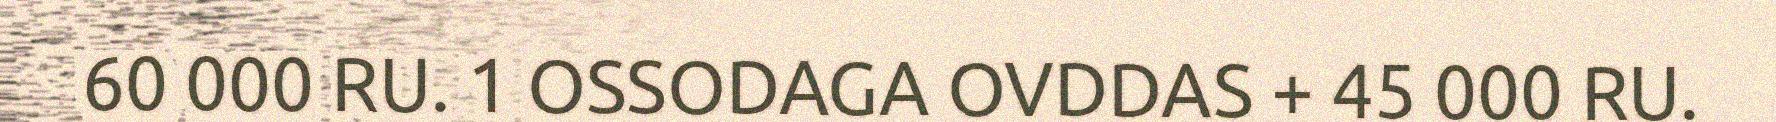
60 000 RU. 1 OSSODAGA OVDDAS + 45 000 RU.